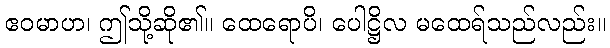
ဧဝမာဟ၊ ဤသို့ဆို၏။ ထေရောပိ၊ ပေါဋ္ဌိလ မထေရ်သည်လည်း။